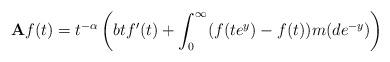
LaTeX: \begin{align*}\mathbf{A} f(t) = t^{-\alpha}\left( b t f'(t) + \int_0^{\infty} (f(te^{y})-f(t)) m(d e^{-y}) \right)\end{align*}